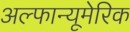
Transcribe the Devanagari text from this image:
अल्फान्यूमेरिक